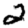
Digit: 2